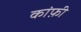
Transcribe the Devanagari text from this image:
कांफ़ी